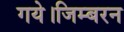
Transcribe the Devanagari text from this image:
गये।जिम्बरन